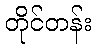
တိုင်တန်း